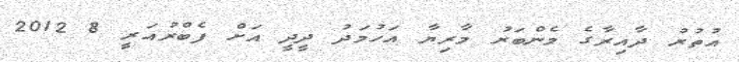
އުތުރު ދާއިރާގެ މެންބަރު މާރިޔާ އަހުމަދު ދީދީ އަށް ފެބްރުއަރީ 8 2012